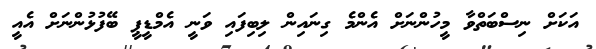
އަކަށް ނިސްބަތްވާ މީހުންނަށް އެންމެ ގިނައިން ލިބިފައި ވަނީ އެމްޑީޕީ ބޭފުޅުންނަށް އެއީ